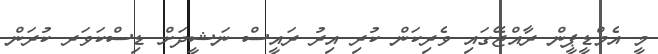
މީ އެމްޑީޕީން ރާއްޖޭގައި ވެރިކަން ކުރި އިރު ރައީސް ނަޝީދަށް ޑިސްކަވަރ ކުރަން